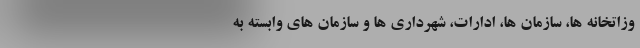
وزاتخانه ها، سازمان ها، ادارات، شهرداری ها و سازمان های وابسته به